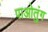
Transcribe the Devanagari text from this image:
पाओतुंग